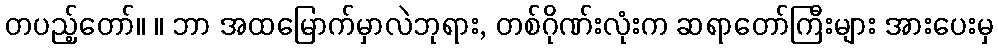
တပည့်တော်။ ။ ဘာ အထမြောက်မှာလဲဘုရား, တစ်ဂိုဏ်းလုံးက ဆရာတော်ကြီးများ အားပေးမှ